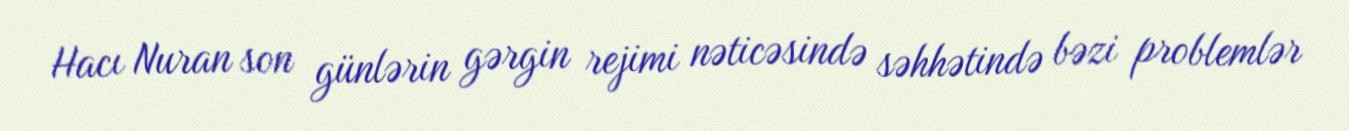
Hacı Nuran son günlərin gərgin rejimi nəticəsində səhhətində bəzi problemlər